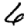
Digit: 6